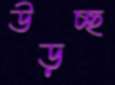
উড়চ্ছ